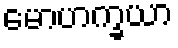
မောဟက္ခယာ